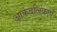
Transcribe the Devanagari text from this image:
आकंदलिकाएँ